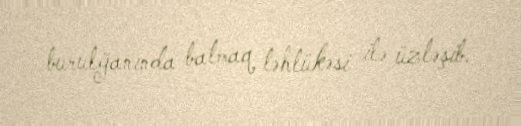
burulğanında batmaq təhlükəsi ilə üzləşib.